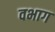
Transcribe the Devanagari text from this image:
वभाग